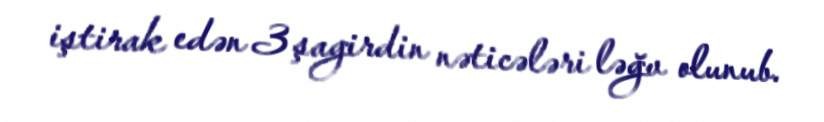
iştirak edən 3 şagirdin nəticələri ləğv olunub.